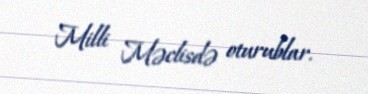
Milli Məclisdə oturublar.